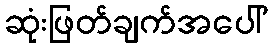
ဆုံးဖြတ်ချက်အပေါ်